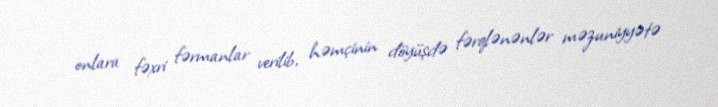
onlara fəxri fərmanlar verilib, həmçinin döyüşdə fərqlənənlər məzuniyyətə